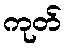
ကုတ်